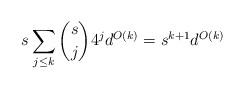
LaTeX: \begin{align*} s \sum_{j \le k} \binom{s}{j} 4^{j} d^{O (k)} =s^{k+1} d^{O (k)} \end{align*}